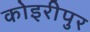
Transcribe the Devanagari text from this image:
कोइरीपुर